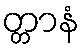
တ္တာနံ